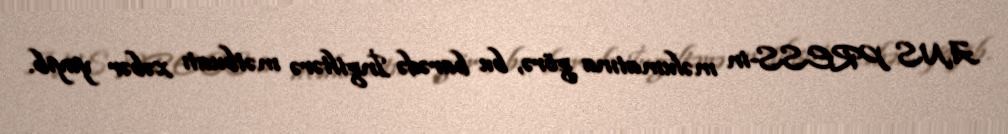
ANS PRESS-in məlumatına görə, bu barədə İngiltərə mətbuatı xəbər yayıb.